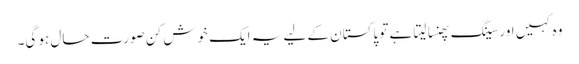
وہ کہیں اور سینگ پھنسا لیتا ہے تو پاکستان کے لیے یہ ایک خوش کن صورت حال ہو گی۔